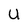
Character: U